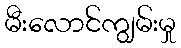
မီးလောင်ကျွမ်းမှု